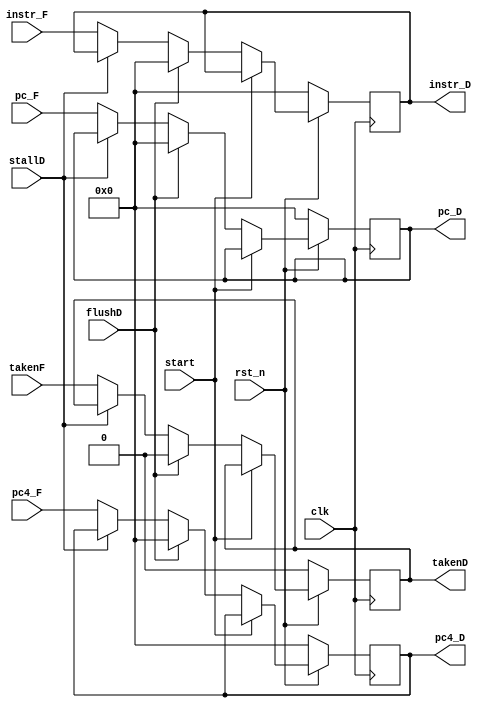
module ID_register (
    input clk,rst_n,
    input stallD,
    input flushD,
    input [31:0] instr_F,
    input takenF,
    input [31:0] pc4_F,
    input [31:0] pc_F,
    input        start,
    output reg [31:0] instr_D,
    output reg [31:0] pc4_D,
    output reg [31:0] pc_D,
    output reg takenD
);
  always @(posedge clk) begin
    if (!rst_n) begin
        instr_D <= 0;
        pc4_D <= 0;
        pc_D <= 0;
        takenD <= 0;
    end
    else if (start) begin
        instr_D <= instr_D;
        pc4_D <= pc4_D;
        pc_D <= pc_D;
        takenD <= takenD;
    end
    else if (flushD) begin
        instr_D <= 0;
        pc4_D <= 0;
        pc_D <= 0;
        takenD <= 0;
    end
    else if (stallD) begin
        instr_D <= instr_D;
        pc4_D <= pc4_D;
        pc_D <= pc_D;
        takenD <= takenD;
    end
    else begin
        instr_D <= instr_F;
        pc4_D <= pc4_F;
        pc_D <= pc_F;
        takenD <= takenF;
    end
  end  
endmodule